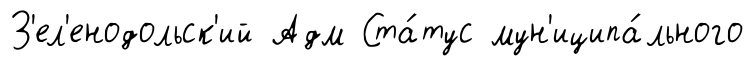
З'ел'енодольск'ий Адм Ста́тус мун'иципа́льного